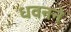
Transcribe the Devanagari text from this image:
धवनने